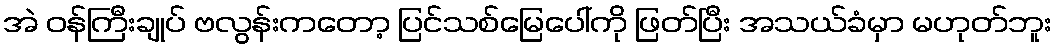
အဲ ဝန်ကြီးချုပ် ဗလွန်းကတော့ ပြင်သစ်မြေပေါ်ကို ဖြတ်ပြီး အသယ်ခံမှာ မဟုတ်ဘူး